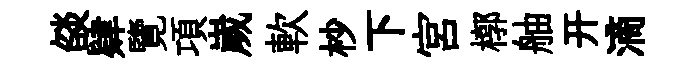
燄肄覽項嵗軟杪下宫槨舳开滴